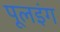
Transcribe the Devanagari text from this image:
पूलइंग